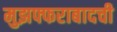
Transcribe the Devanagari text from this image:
मुझफ्फराबादची